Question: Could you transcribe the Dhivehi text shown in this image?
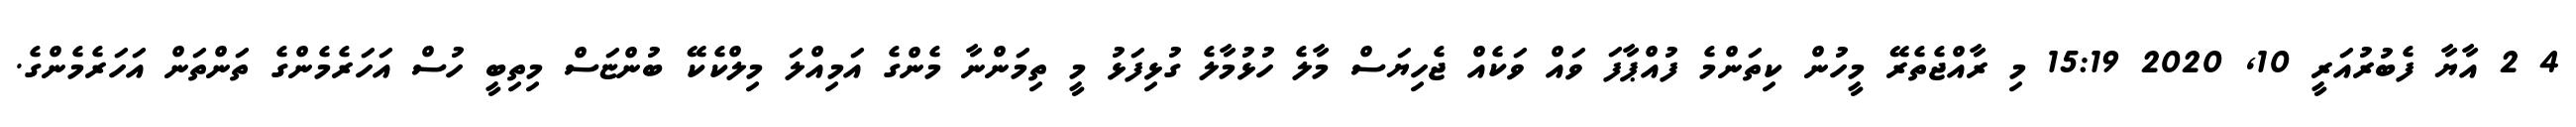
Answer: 4 2 އާޔާ ފެބުރުއަރީ 10, 2020 15:19 މި ރާއްޖެތެރޭ މީހުން ކިތަންމެ ފުއްޕާފަ ވައް ވަކެއް ޖެހިޔަސް މާލެ ހުޅުމާލެ ގުޅިފަޅު މީ ތިމަންނާ މެންގެ އަމިއްލަ މިލްކެކޭ ބުންޏަސް މިތިބީ ހުސް އަހަރެމެންގެ ތަންތަން އަހަރެމެންގެ.